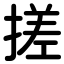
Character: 搓